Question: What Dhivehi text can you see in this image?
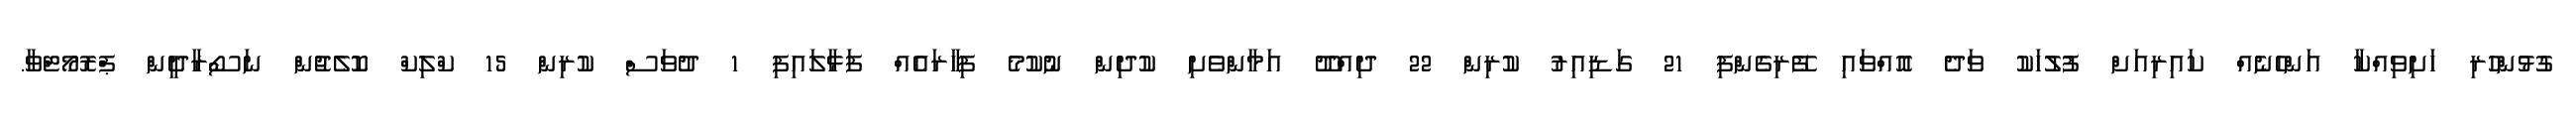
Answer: ގުޅުންހުރި ހަށިވިއްކާ އަންހެނެއް ކައިރިއަށް ފުލުހަކު ވަދެ އޮއްވައި ފޭރިގެންފި 21 ގަޑިއިރު ކުރިން 22 ދިއްދޫ އަމާންވެށި ކުދިން ނުކުމެ ފިހާރައެއް ފަޅާލައިފި 1 ދުވަސް ކުރިން 15 ކްލިކް ކޮލެޖުން ނަސޯރާދީން ޕްރޮމޯޓްވާ.